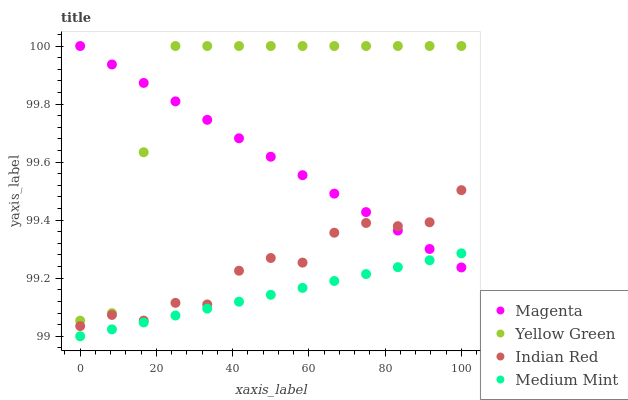
| xaxis_label | Magenta | Yellow Green | Indian Red | Medium Mint |
 | --- | --- | --- | --- | --- |
 | 0 | 100 | 99.1 | 99 | 99 |
 | 8.33 | 99.9 | 99.1 | 99.1 | 99 |
 | 16.7 | 99.9 | 99.6 | 99.1 | 99 |
 | 25 | 99.8 | 100 | 99.1 | 99.1 |
 | 33.3 | 99.7 | 100 | 99.1 | 99.1 |
 | 41.7 | 99.7 | 100 | 99.2 | 99.1 |
 | 50 | 99.6 | 100 | 99.3 | 99.1 |
 | 58.3 | 99.6 | 100 | 99.3 | 99.2 |
 | 66.7 | 99.5 | 100 | 99.4 | 99.2 |
 | 75 | 99.4 | 100 | 99.4 | 99.2 |
 | 83.3 | 99.4 | 100 | 99.4 | 99.2 |
 | 91.7 | 99.3 | 100 | 99.4 | 99.3 |
 | 100 | 99.2 | 100 | 99.5 | 99.3 |